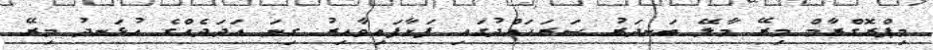
މިޕްރޮގްރާމް މިރޭ މާލޭ ބަނދަރު ސަރަހައްދުގައި ފަށާފައިވާއިރު ގިނަ އަދަދެއްގެ އުޅަނދު މިރޭ